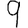
Digit: 9